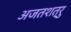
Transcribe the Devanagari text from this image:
अजतशत्रु